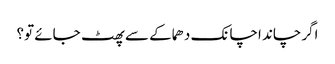
اگرچاند اچانک دھماکے سے پھٹ جائے تو؟